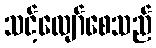
သင့်လျော်စေသည်